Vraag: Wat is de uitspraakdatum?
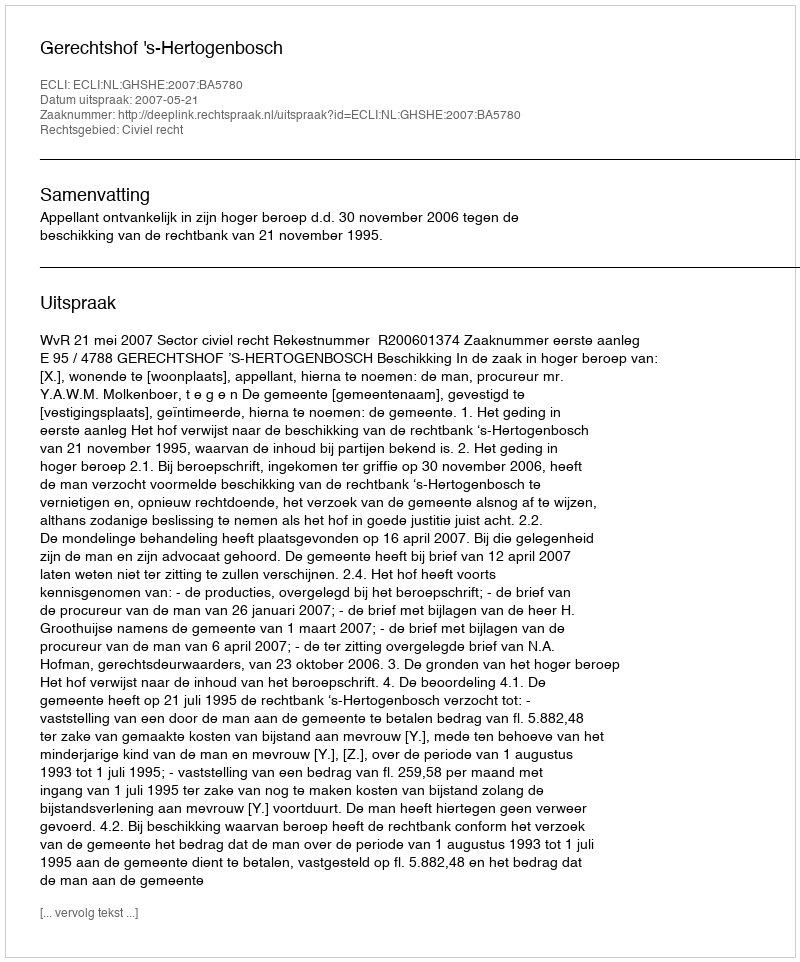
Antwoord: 2007-05-21